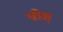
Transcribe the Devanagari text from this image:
पीश्